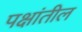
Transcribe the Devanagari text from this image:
पक्षांतील